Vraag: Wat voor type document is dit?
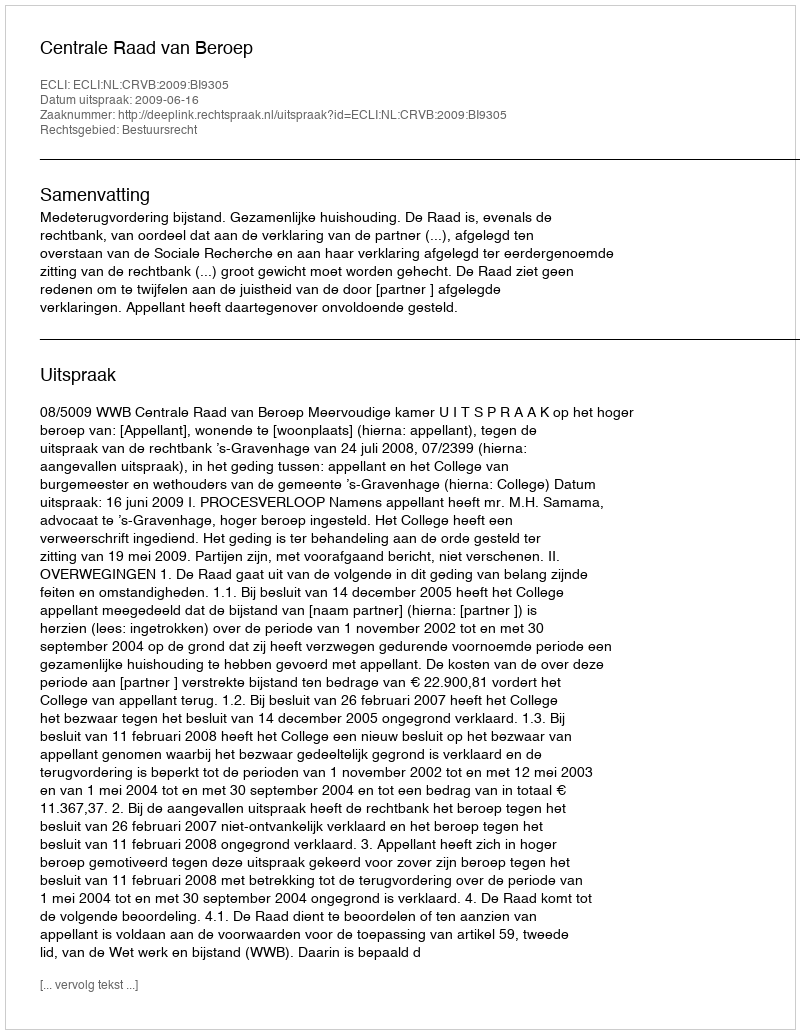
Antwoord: Uitspraak